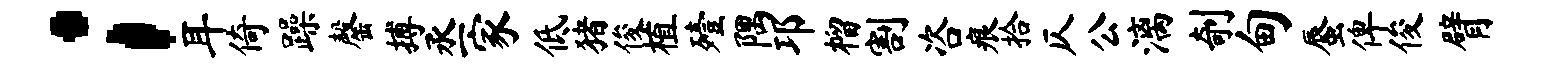
；耳倚躁罄搏丞家低猪俊植殪隅邛榴割咨痕拾仄公漓剞甸蜃俾俊臂